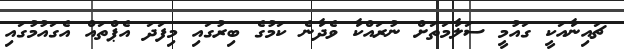
ޗައިނާއަކީ ގައުމީ ސަލާމަތަށް ނުރައްކާ ވެދާނެ ކަމުގެ ބިރުގައި މިފަދަ އެޕްތައް އެގައުމުގައި